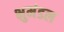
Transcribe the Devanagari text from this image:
भुमंडल